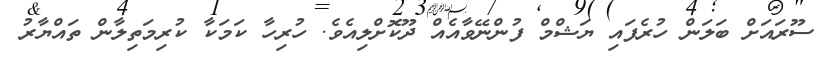
ސޫރައަށް ބަލަން ހުރެފައި ޔަޝްމް ފުންނޭވާއެއް ދޫކޮށްލިއެވެ. ހުރިހާ ކަމަކާ ކުރިމަތިލާން ތައްޔާރު